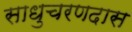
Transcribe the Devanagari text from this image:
साधुचरणदास